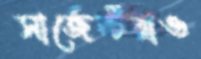
সার্জেন্টরাও